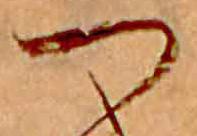
つ